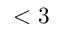
< 3